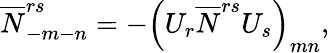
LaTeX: \overline{{{N}}}_{-m-n}^{rs}=-\left(U_{r}\overline{{{N}}}^{rs}U_{s}\right)_{mn},